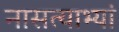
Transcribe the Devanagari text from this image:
नासत्याभ्यां